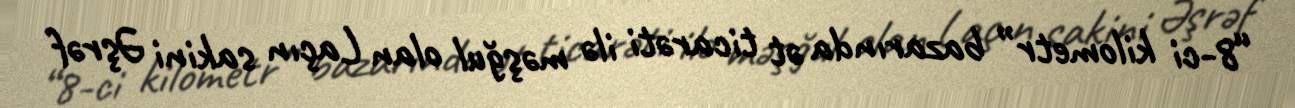
“8-ci kilometr” bazarında ət ticarəti ilə məşğul olan Laçın sakini Əşrəf